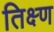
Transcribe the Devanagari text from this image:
तिक्ष्ण